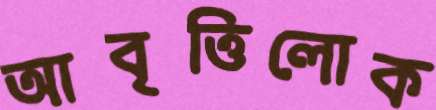
আবৃত্তিলোক